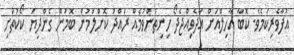
އުފާވެރިކަމެވެ. ކޮބާ އާހިލްއަށް އާދެވިއްޖެދޯ ހިނިތުންވުމެއް ރައްދު ކޮށްލަމުން ބޮމުން ގެންދިޔަ ކޯކުތަށި